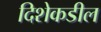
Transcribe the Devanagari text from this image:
दिशेकडील